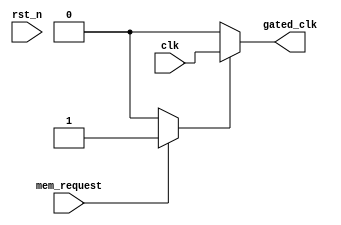
module dynamic_clock_gating (
    input wire clk,               // Original clock signal
    input wire rst_n,             // Active low reset
    input wire mem_request,       // Memory read/write request signal
    output wire gated_clk         // Gated clock output
);

    // Clock Gating Control Logic
    reg gating_signal;

    always @(*) begin
        // Generate gating signal based on memory request
        if (mem_request)
            gating_signal = 1'b1; // Memory is active
        else
            gating_signal = 1'b0;  // Memory is idle
    end

    // Clock Gating Cell
    assign gated_clk = gating_signal ? clk : 1'b0; // Output gated clock

endmodule